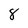
Character: 8